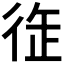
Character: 𢓩